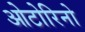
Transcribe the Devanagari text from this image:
ओटोरिनो